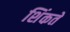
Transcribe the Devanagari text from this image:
शिंकते